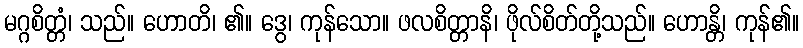
မဂ္ဂစိတ္တံ၊ သည်။ ဟောတိ၊ ၏။ ဒွေ၊ ကုန်သော။ ဖလစိတ္တာနိ၊ ဖိုလ်စိတ်တို့သည်။ ဟောန္တိ၊ ကုန်၏။